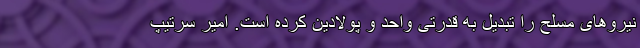
نیروهای مسلح را تبدیل به قدرتی واحد و پولادین کرده است. امیر سرتیپ